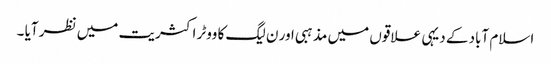
اسلام آباد کے دیہی علاقوں میں مذہبی اور ن لیگ کا ووٹر اکثریت میں نظر آیا ۔